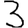
Digit: 3